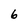
Character: 6